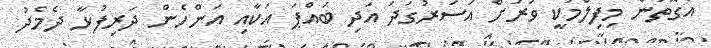
އެގޮތުން މިފިލްމަކީ ވަރަށް އަސަރުގަދަ އަދި ބައްޕަ އަކާއި އަންހެން ދަރިފުޅާ ދެމެދު